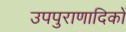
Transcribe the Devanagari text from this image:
उपपुराणादिकों